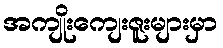
အကျိုးကျေးဇူးများမှာ